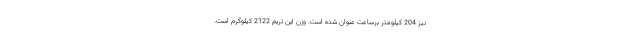
نیز 204 کیلومتر برساعت عنوان شده است. وزن این تریم 2122 کیلوگرم است.